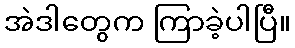
အဲဒါတွေက ကြာခဲ့ပါပြီ။